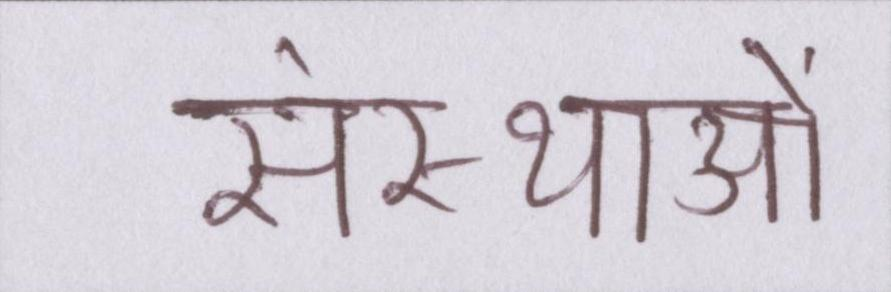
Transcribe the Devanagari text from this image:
संस्थाओं